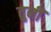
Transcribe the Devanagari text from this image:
तुनीं